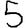
Digit: 5